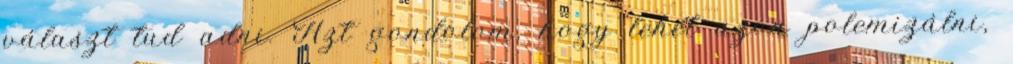
választ tud adni. Azt gondolom, hogy lehet azon polemizálni,